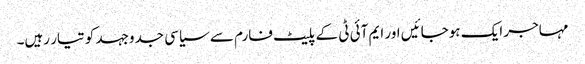
مہاجر ایک ہوجائیں اور ایم آئی ٹی کے پلیٹ فارم سے سیاسی جدوجہد کو تیار رہیں۔